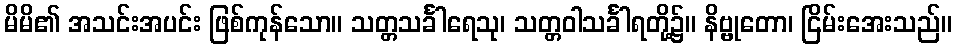
မိမိ၏ အသင်းအပင်း ဖြစ်ကုန်သော။ သတ္တသင်္ခါရေသု၊ သတ္တဝါသင်္ခါရတို့၌။ နိဗ္ဗုတော၊ ငြိမ်းအေးသည်။